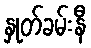
နှုတ်ခမ်းနီ